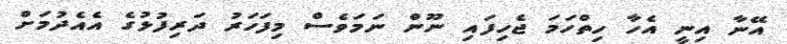
އޭނާ އިނީ އެހާ ހިތްހަމަ ޖެހިފައި ނޫން ނަމަވެސް މިފަހަރު ދަރިފުޅުގެ އެއެދުމަށް